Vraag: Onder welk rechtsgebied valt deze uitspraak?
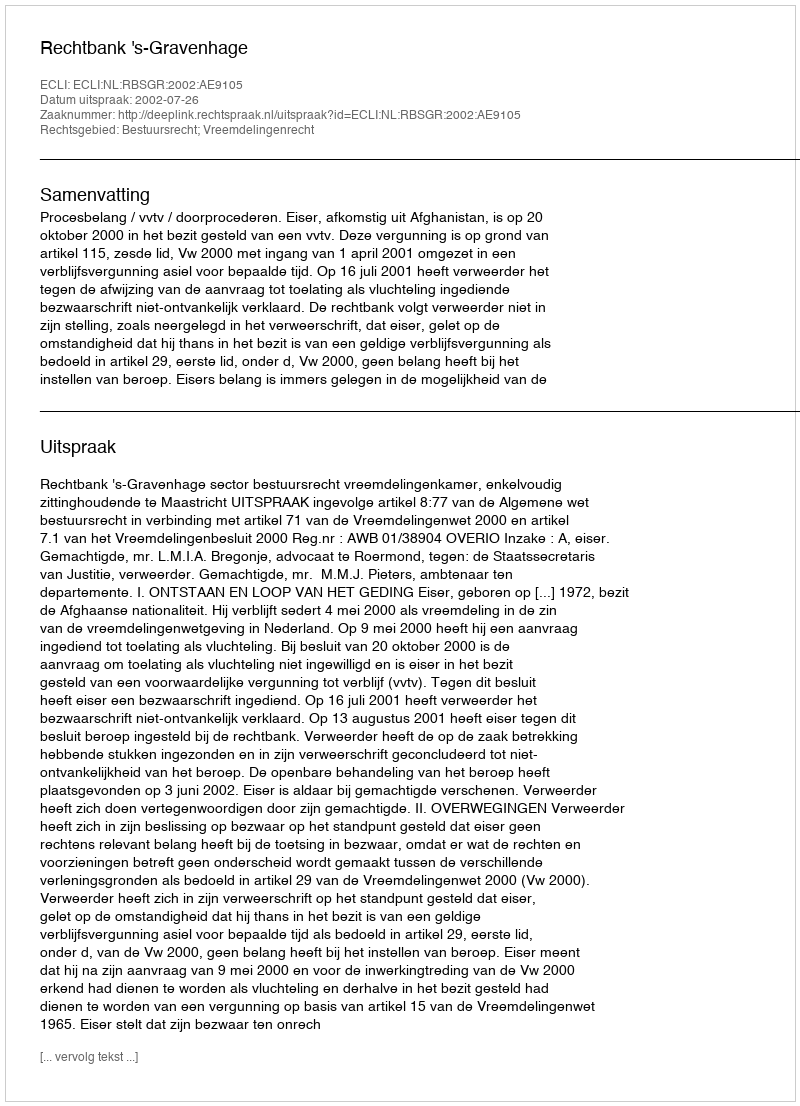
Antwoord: Bestuursrecht; Vreemdelingenrecht